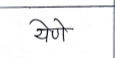
मजकूर: येणे